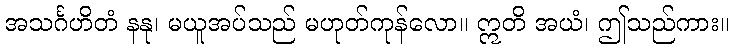
အသင်္ဂဟိတံ နနု၊ မယူအပ်သည် မဟုတ်ကုန်လော။ ဣတိ အယံ၊ ဤသည်ကား။